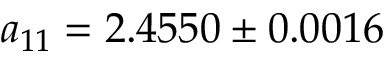
a _ { 1 1 } = 2 . 4 5 5 0 \pm 0 . 0 0 1 6